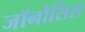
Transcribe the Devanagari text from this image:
जॉनोसिस